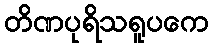
တိဏပုရိသရူပကေ